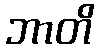
ဘာတိ